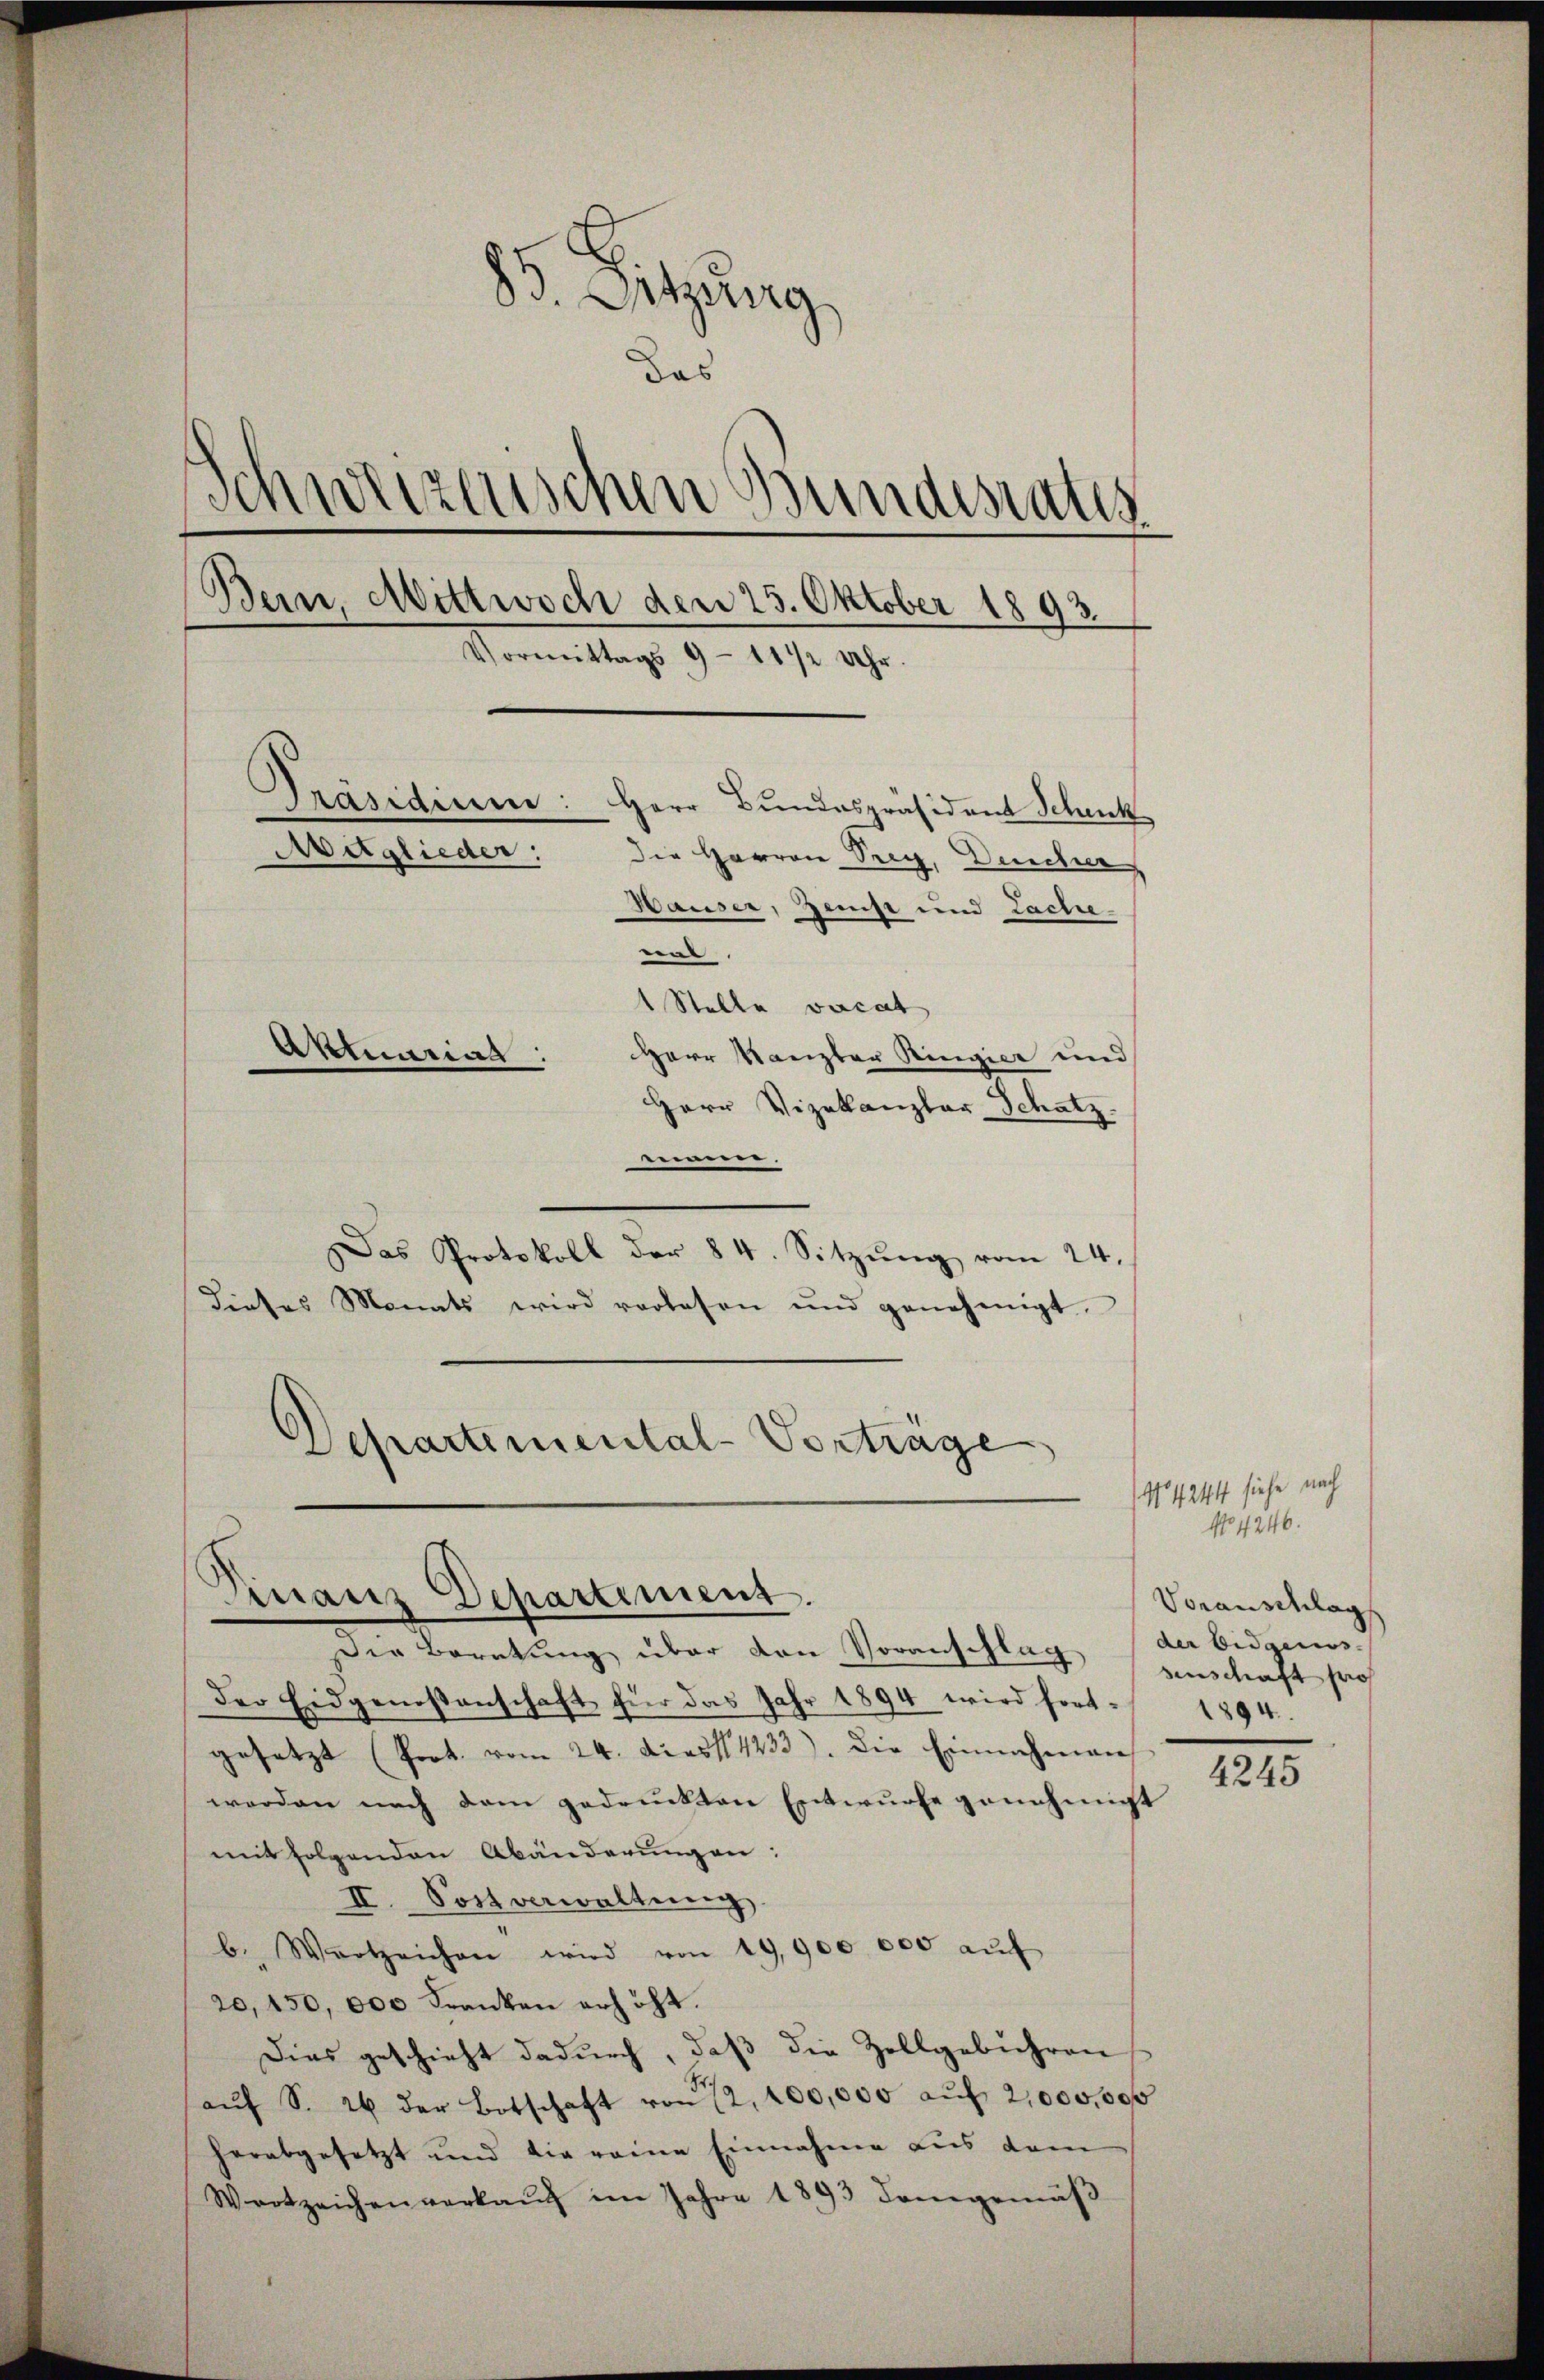
85. Sitzung,
das
Schweizerischen Bundesrates
Bein, Mittwoch den 25. Oktober 1893.
Vormittags 9 - 11/2 Uhr
Präsiden: Herr Bundespräsident Schenk
Aeglieder:
Die Herren Seeg, Deucher
Hauser, Zenst und Lache-
.
1 Stelle vocat
Aktuarias
Herr Kanzler Ringier und
Herr Vizekanzlar Schatz.

eimerer.
Das Protokoll der 84. Sitzung vom 24.
dieses Monats wird verlesen und genehmigt.
Departemental-Vorträge

Finanz Departiment.

Die Beratung über den Voranschlag
der Eidgenoßenschaft für das Jahr 1894 wird fortgesetzt (Prot. vom 24. diess 1433). Die Einnahmen
worden nach dem gedruckten Entwurfe genehmigt
mit folgenden Abänderungen:
II. Sostverwaltung
b. Wartzeichen wird von 19,900 000 aŭf
20,150,000 Franken erhöht.
Dies geschieht dadurch, daß die Zollgebühren
aŭf S. 26 der Botschaft von 12, 100,000 aŭf 2,000,000
herabgesetzt und die reine Einnahme aus dem
Wortzeichen verkaŭf im Jahre 1893 demgemäβ

(N4244 siche nach
No 4246.
Voranschlag
der Eidgenos-
anschaft pro
1894.

4245